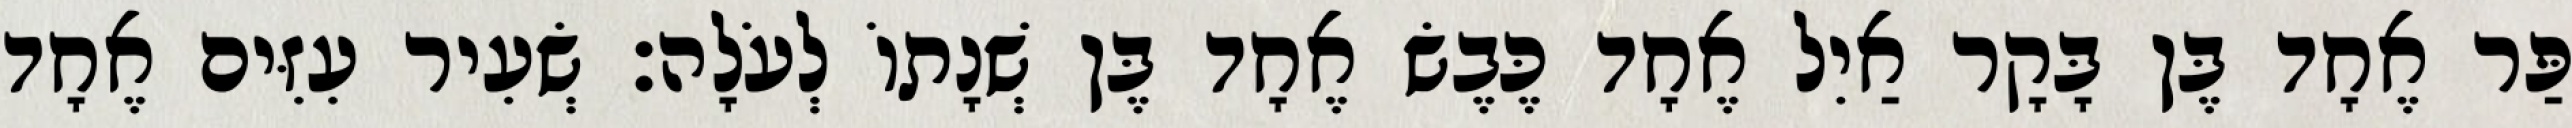
פַּר אֶחָד בֶּן בָּקָר אַיִל אֶחָד כֶּבֶשׂ אֶחָד בֶּן שְׁנָתוֹ לְעֹלָה׃ שְׂעִיר עִזִּים אֶחָד